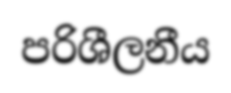
පරිශීලනීය